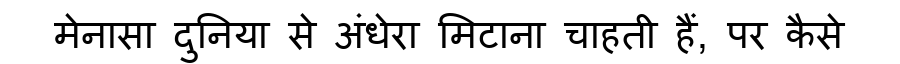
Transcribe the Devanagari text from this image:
मेनासा दुनिया से अंधेरा मिटाना चाहती हैं, पर कैसे